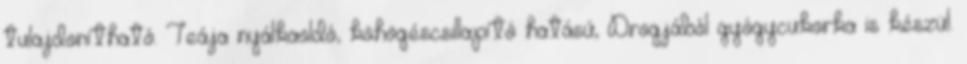
tulajdonítható. Teája nyálkaoldó, köhögéscsillapító hatású, Drogjából gyógycukorka is készül.